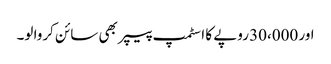
اور 30،000 روپے کا اسٹمپ پیپر بھی سائن کروا لو۔